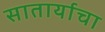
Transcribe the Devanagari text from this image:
सातार्याचा